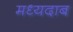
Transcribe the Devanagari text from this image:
मध्यदाब